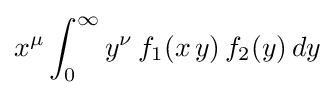
x^{\mu }\int _{0}^{\infty }y^{\nu }\,f_{1}(x\,y)\,f_{2}(y)\,dy